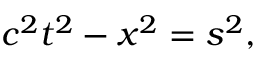
c ^ { 2 } t ^ { 2 } - x ^ { 2 } = s ^ { 2 } ,